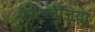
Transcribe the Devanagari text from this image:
पॅराप्लेजिया